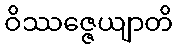
ဝိဿဇ္ဇေယျာတိ